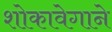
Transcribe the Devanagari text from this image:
शोकावेगाने